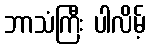
ဘာသံကြီး ပါလိမ့်